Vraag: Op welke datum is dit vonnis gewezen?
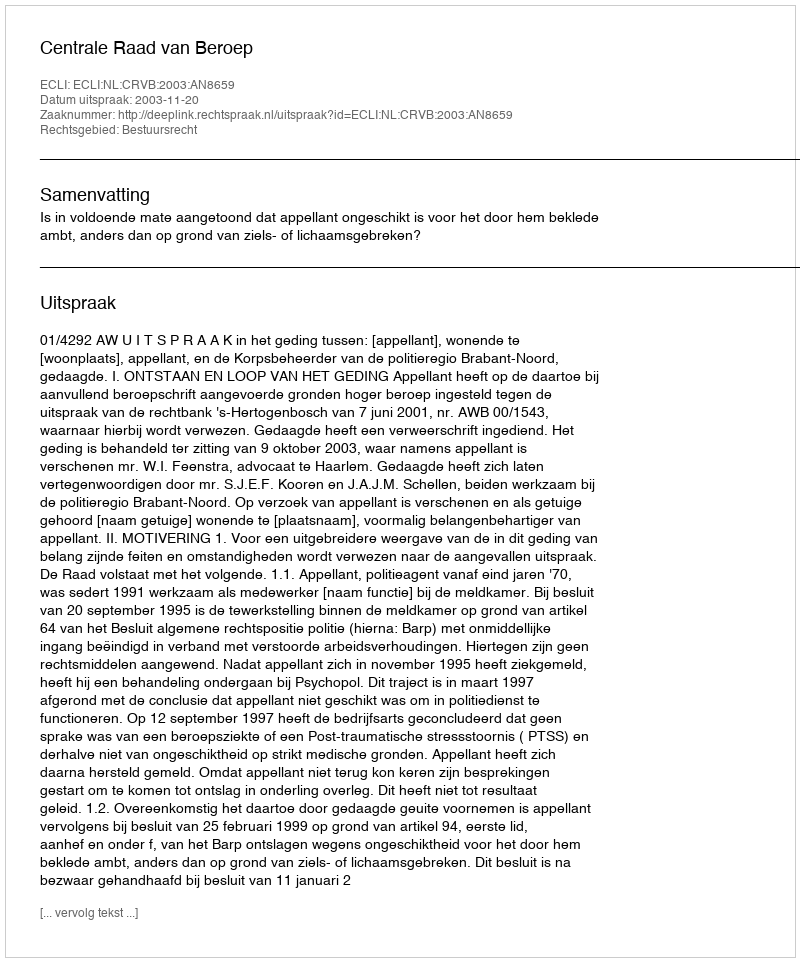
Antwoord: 2003-11-20